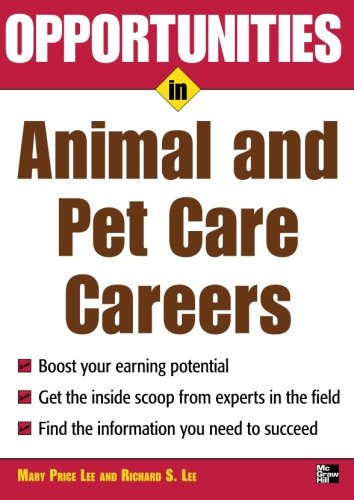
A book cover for Opportunities in Animal and Pet Careers; Mary Lee; Medical Books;